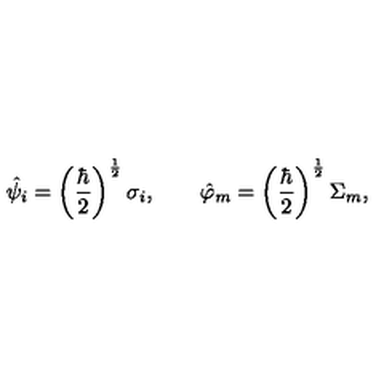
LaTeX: \hat { \psi } _ { i } = \left( \frac { \hbar } { 2 } \right) ^ { \frac { 1 } { 2 } } \sigma _ { i } , \quad \quad \hat { \varphi } _ { m } = \left( \frac { \hbar } { 2 } \right) ^ { \frac { 1 } { 2 } } \Sigma _ { m } ,